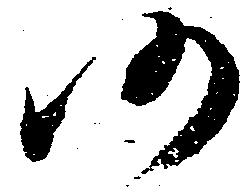
仍